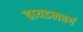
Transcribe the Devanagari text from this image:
हायडलबर्ग